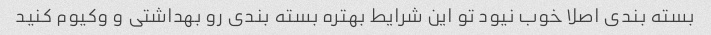
بسته بندی اصلا خوب نیود تو این شرایط بهتره بسته بندی رو بهداشتی و وکیوم کنید